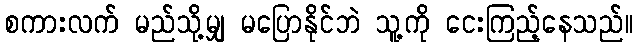
စကားလက် မည်သို့မျှ မပြောနိုင်ဘဲ သူ့ကို ငေးကြည့်နေသည်။